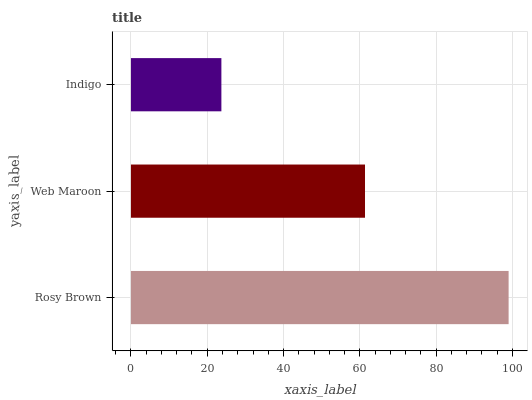
| yaxis_label | bars |
 | --- | --- |
 | Rosy Brown | 99 |
 | Web Maroon | 61.4 |
 | Indigo | 23.7 |